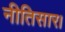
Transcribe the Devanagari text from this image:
नीतिसार।